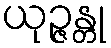
ယုဉ္ဇန္တု